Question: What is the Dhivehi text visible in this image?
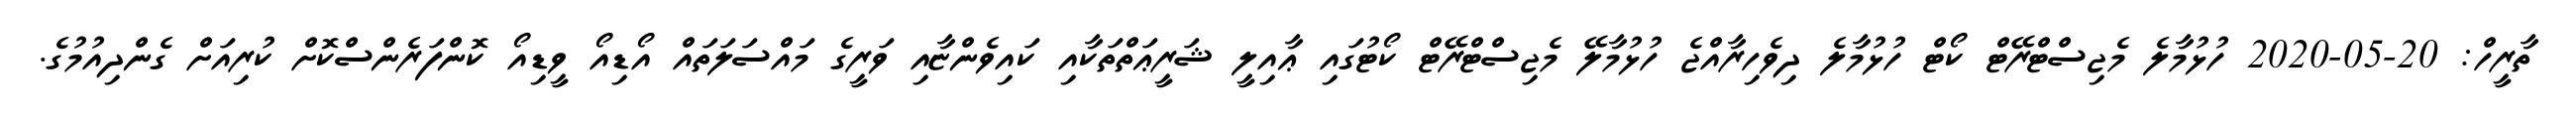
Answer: ތާރީހް: 20-05-2020 ހުޅުމާލެ މެޖިސްޓްރޭޓް ކޯޓް ހުޅުމާލެ ދިވެހިރާއްޖެ ހުޅުމާލޭ މެޖިސްޓްރޭޓް ކޯޓުގައި ޢާއިލީ ޝަރީޢަތްތަކާއި ކައިވެންޏާއި ވަރީގެ މައްސަލަތައް އޯޑިއޯ ވީޑިއޯ ކޮންފަރެންސްކޮށް ކުރިއަށް ގެންދިއުމުގެ.